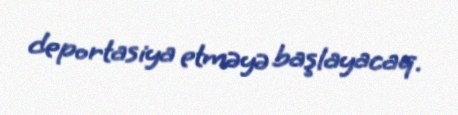
deportasiya etməyə başlayacaq.